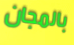
بالمجان